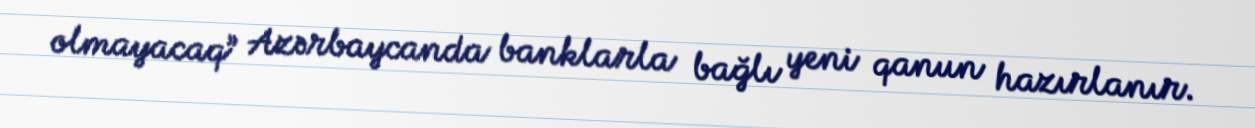
olmayacaq” Azərbaycanda banklarla bağlı yeni qanun hazırlanır.